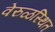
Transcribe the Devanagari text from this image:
वेरुळस्थित